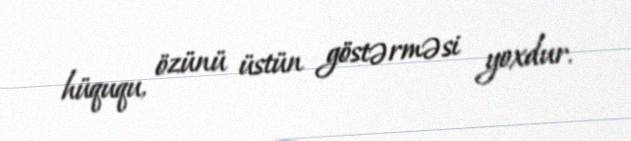
hüququ, özünü üstün göstərməsi yoxdur.